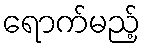
ရောက်မည့်